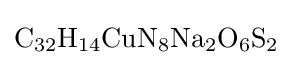
{\mathrm {C} {\vphantom {A}}_{\smash[{t}]{32}}\mathrm {H} {\vphantom {A}}_{\smash[{t}]{14}}\mathrm {CuN} {\vphantom {A}}_{\smash[{t}]{8}}\mathrm {Na} {\vphantom {A}}_{\smash[{t}]{2}}\mathrm {O} {\vphantom {A}}_{\smash[{t}]{6}}\mathrm {S} {\vphantom {A}}_{\smash[{t}]{2}}}